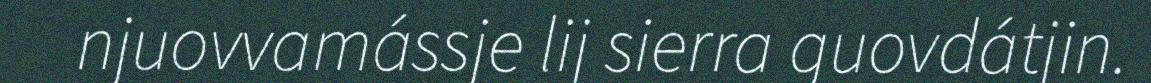
njuovvamássje lij sierra guovdátjin.